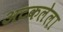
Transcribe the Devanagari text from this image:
अटकलेला